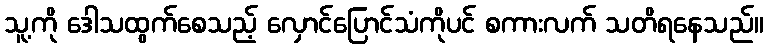
သူ့ကို ဒေါသထွက်စေသည့် လှောင်ပြောင်သံကိုပင် စကားလက် သတိရနေသည်။